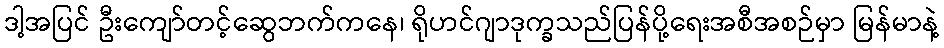
ဒါ့အပြင် ဦးကျော်တင့်ဆွေဘက်ကနေ၊ ရိုဟင်ဂျာဒုက္ခသည်ပြန်ပို့ရေးအစီအစဉ်မှာ မြန်မာနဲ့